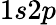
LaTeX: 1s2p